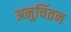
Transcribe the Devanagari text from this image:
अनुचिंतन